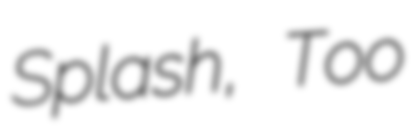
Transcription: Splash, Too